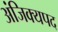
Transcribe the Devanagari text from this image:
अंजिक्यपद